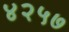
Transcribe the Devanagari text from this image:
४२५७